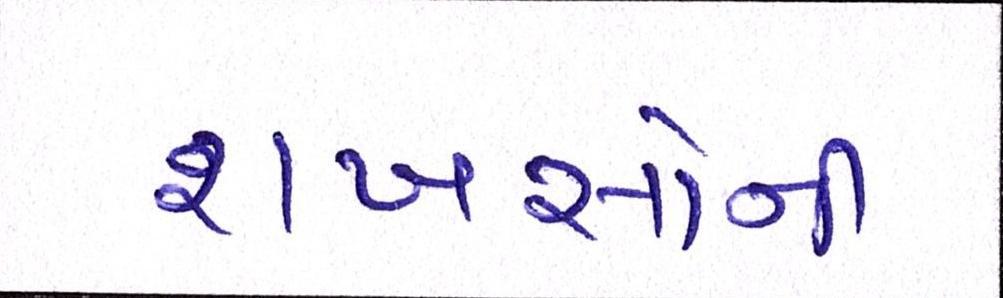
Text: શખસોની